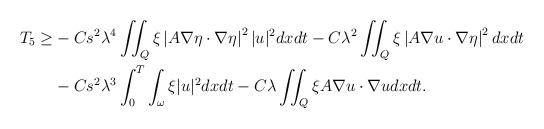
LaTeX: \begin{align*}T_5 \geq&-Cs^2 \lambda^4 \iint_Q \xi\left|A \nabla \eta \cdot \nabla \eta\right|^2 |u|^2dx d t -C\lambda^2\iint_{Q} \xi \left| A\nabla u\cdot \nabla \eta \right| ^2 dx dt\\&-C s^2 \lambda^3 \int_0^T \int_{\omega} \xi|u|^2dx d t- C\lambda \iint_Q \xi A \nabla u \cdot \nabla u dx d t.\end{align*}